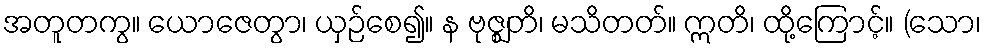
အတူတကွ။ ယောဇေတွာ၊ ယှဉ်စေ၍။ န ဗုဇ္ဈတိ၊ မသိတတ်။ ဣတိ၊ ထို့ကြောင့်။ (သော၊